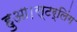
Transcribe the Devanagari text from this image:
हुआ।स्टर्लिंग